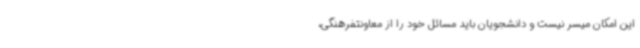
این امکان میسر نیست و دانشجویان باید مسائل خود را از معاونتفرهنگی،